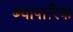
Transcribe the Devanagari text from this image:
ब्यापारिक